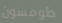
طومسون